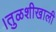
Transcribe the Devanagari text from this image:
।तुळशीखाली